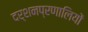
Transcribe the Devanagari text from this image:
दर्शनप्रणालियों